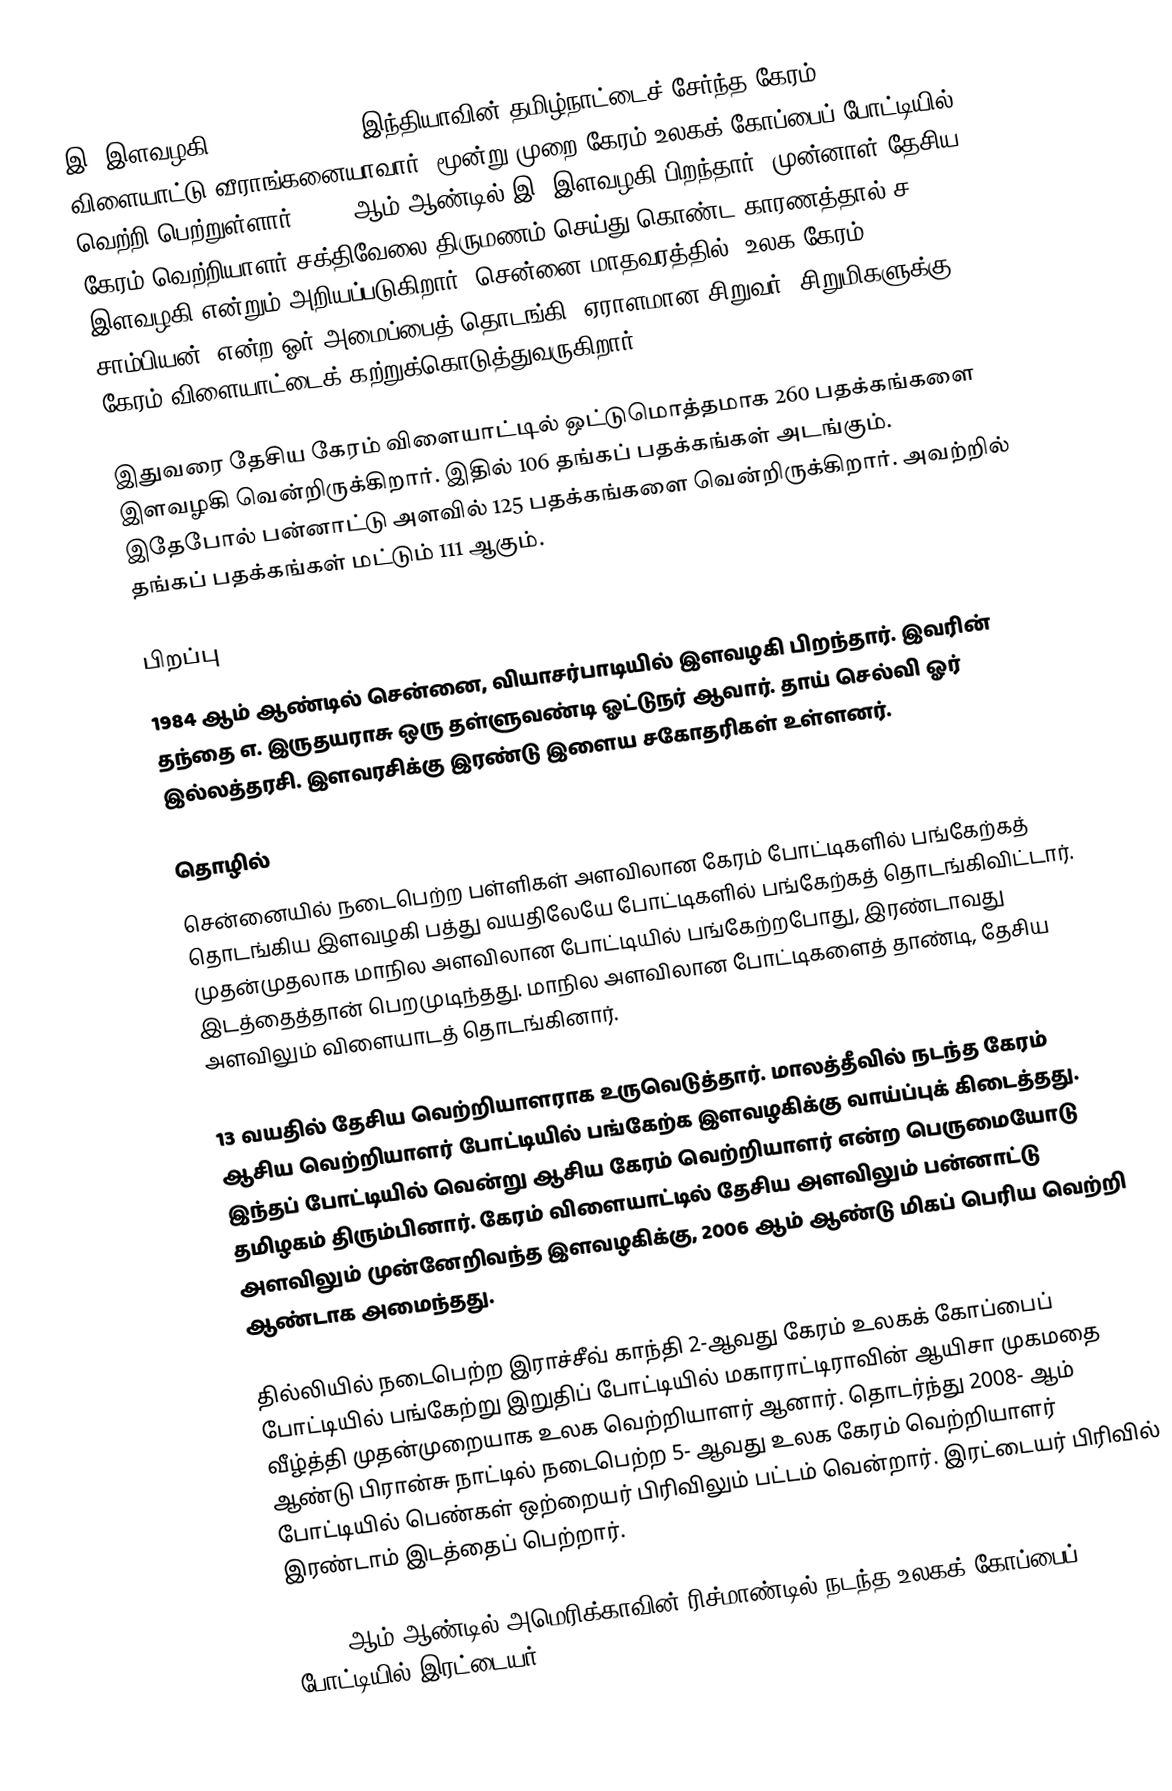
இ. இளவழகி (I. Ilavazhagi) இந்தியாவின் தமிழ்நாட்டைச் சேர்ந்த கேரம் விளையாட்டு வீராங்கனையாவார். மூன்று முறை கேரம் உலகக் கோப்பைப்  போட்டியில் வெற்றி பெற்றுள்ளார். 1984 ஆம் ஆண்டில் இ. இளவழகி பிறந்தார். முன்னாள் தேசிய கேரம் வெற்றியாளர் சக்திவேலை திருமணம் செய்து கொண்ட காரணத்தால் ச. இளவழகி என்றும் அறியப்படுகிறார். சென்னை மாதவரத்தில் ‘உலக கேரம் சாம்பியன்’ என்ற ஓர் அமைப்பைத் தொடங்கி, ஏராளமான சிறுவர், சிறுமிகளுக்கு கேரம் விளையாட்டைக் கற்றுக்கொடுத்துவருகிறார்.

இதுவரை தேசிய கேரம் விளையாட்டில் ஒட்டுமொத்தமாக 260 பதக்கங்களை இளவழகி வென்றிருக்கிறார். இதில் 106 தங்கப் பதக்கங்கள் அடங்கும். இதேபோல் பன்னாட்டு  அளவில் 125 பதக்கங்களை வென்றிருக்கிறார். அவற்றில் தங்கப் பதக்கங்கள் மட்டும் 111 ஆகும்.

பிறப்பு
1984 ஆம் ஆண்டில் சென்னை, வியாசர்பாடியில் இளவழகி பிறந்தார். இவரின் தந்தை எ. இருதயராசு ஒரு தள்ளுவண்டி ஓட்டுநர் ஆவார். தாய் செல்வி ஓர் இல்லத்தரசி. இளவரசிக்கு  இரண்டு இளைய சகோதரிகள் உள்ளனர்.

தொழில்
சென்னையில் நடைபெற்ற பள்ளிகள் அளவிலான கேரம் போட்டிகளில் பங்கேற்கத் தொடங்கிய இளவழகி  பத்து வயதிலேயே போட்டிகளில் பங்கேற்கத் தொடங்கிவிட்டார். முதன்முதலாக மாநில அளவிலான போட்டியில் பங்கேற்றபோது, இரண்டாவது இடத்தைத்தான் பெறமுடிந்தது. மாநில அளவிலான போட்டிகளைத் தாண்டி, தேசிய அளவிலும் விளையாடத் தொடங்கினார்.

13 வயதில் தேசிய வெற்றியாளராக உருவெடுத்தார். மாலத்தீவில் நடந்த கேரம் ஆசிய வெற்றியாளர்  போட்டியில் பங்கேற்க இளவழகிக்கு வாய்ப்புக் கிடைத்தது. இந்தப் போட்டியில் வென்று ஆசிய கேரம் வெற்றியாளர் என்ற பெருமையோடு தமிழகம் திரும்பினார். கேரம் விளையாட்டில் தேசிய அளவிலும் பன்னாட்டு அளவிலும் முன்னேறிவந்த இளவழகிக்கு, 2006 ஆம் ஆண்டு மிகப் பெரிய வெற்றி ஆண்டாக அமைந்தது.

தில்லியில் நடைபெற்ற இராச்சீவ் காந்தி 2-ஆவது கேரம் உலகக் கோப்பைப் போட்டியில் பங்கேற்று  இறுதிப் போட்டியில் மகாராட்டிராவின் ஆயிசா முகமதை வீழ்த்தி முதன்முறையாக உலக வெற்றியாளர் ஆனார். தொடர்ந்து 2008- ஆம் ஆண்டு பிரான்சு நாட்டில் நடைபெற்ற 5- ஆவது உலக கேரம் வெற்றியாளர் போட்டியில் பெண்கள் ஒற்றையர் பிரிவிலும் பட்டம் வென்றார். இரட்டையர் பிரிவில் இரண்டாம் இடத்தைப் பெற்றார்.

2010- ஆம் ஆண்டில் அமெரிக்காவின்  ரிச்மாண்டில் நடந்த உலகக் கோப்பைப் போட்டியில்  இரட்டையர்